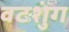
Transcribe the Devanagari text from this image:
वटशुंग